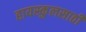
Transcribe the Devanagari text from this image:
हायस्‍कुलसाठी